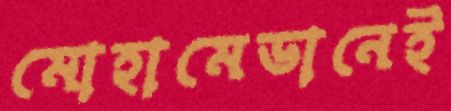
মোহামেডানেই